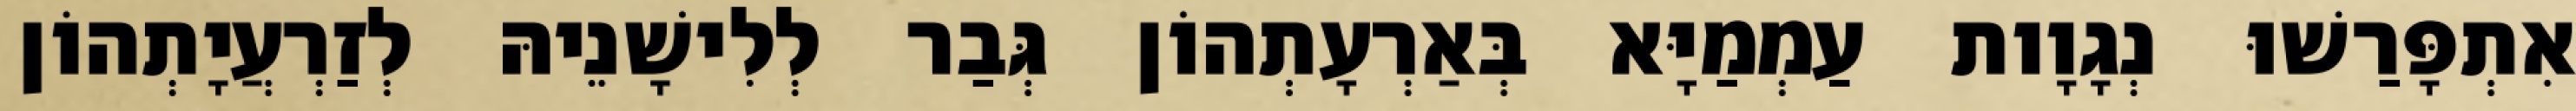
אִתְפָּרַשׁוּ נְגָוָות עַמְמַיָּא בְּאַרְעָתְהוֹן גְּבַר לְלִישָׁנֵיהּ לְזַרְעֲיָתְהוֹן